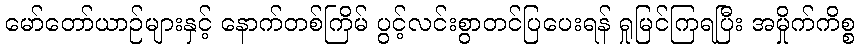
မော်တော်ယာဉ်များနှင့် နောက်တစ်ကြိမ် ပွင့်လင်းစွာတင်ပြပေးရန် ရှုမြင်ကြရပြီး အမှိုက်ကိစ္စ